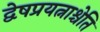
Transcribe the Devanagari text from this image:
द्वेषप्रयत्नाश्चेति